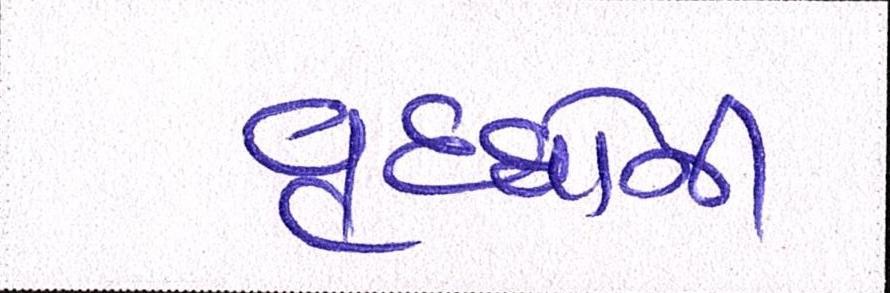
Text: વૃધ્ધોની